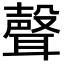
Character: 聲